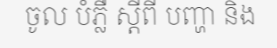
ចូល បំភ្លឺ ស្តីពី បញ្ហា និង